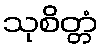
သုစိတ္တံ